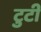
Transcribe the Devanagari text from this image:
टुटी